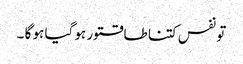
تو نفس کتنا طاقتور ہو گیا ہو گا ۔